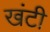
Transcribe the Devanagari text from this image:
खंटी